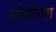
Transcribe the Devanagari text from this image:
कोतींच्या